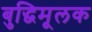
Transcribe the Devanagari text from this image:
बुद्धिमूलक